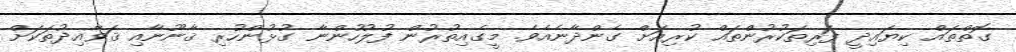
ގޮތްތައް ކިޔައިދީ ފަރިތަކުރުންތައް ކުރިއަށް ގެންދާނެއެވެ. މީގެއިތުރުން ފުލުހުންނާ ގުޅުންހުރި ޤާނޫނާއި ޤަވާއިދުތަކަށް